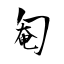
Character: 匎